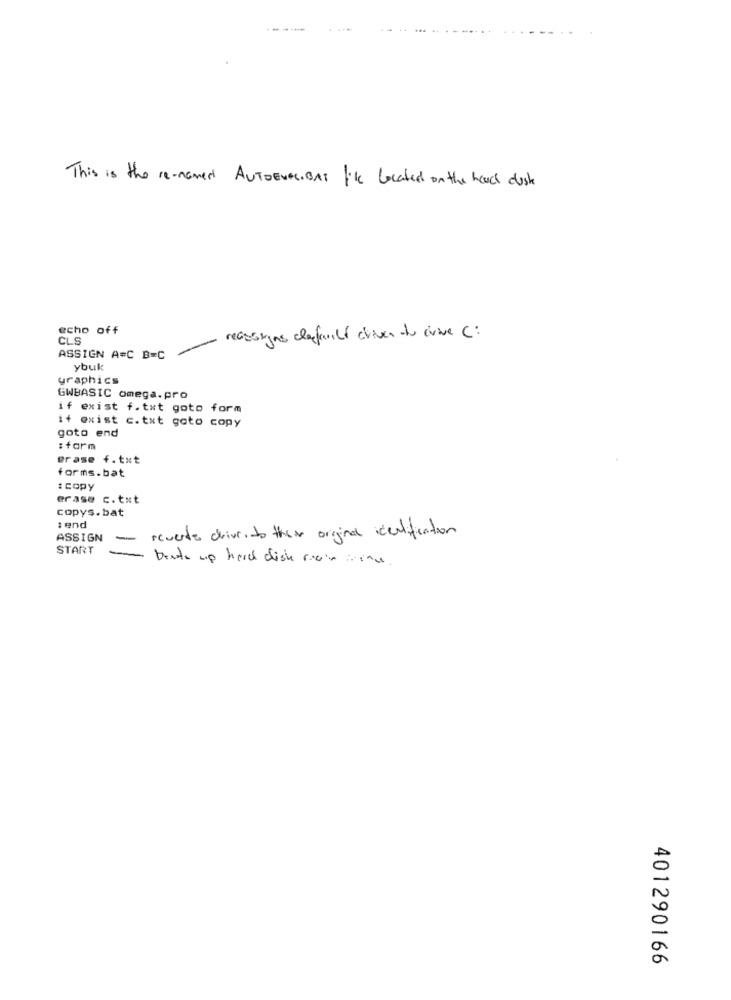
This is the re-namen AUTOEVAC.BAT Ik located on the head dust
echo off
CLS
recusigns clanfamily driven do civive C:
ASSIGN A=C B=C
ybuk
graphics
GWBASIC omega.pro
if exist f.txt goto form
i+ exist c.txt goto copy
goto end
:farm
erase f.txt
forms.bat
: copy
erase c.txt
copys.bat
tend
reverte drive, to their orginal identification
ASSIGN
-
START
Dente up hard disk main areas.
401290166